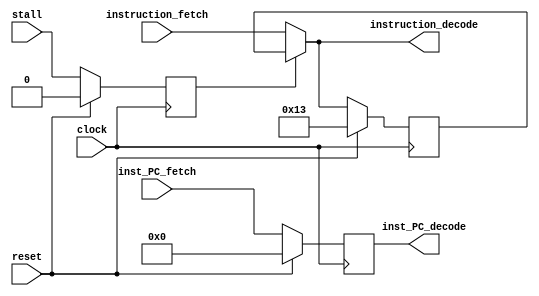
/** @module : fetch_pipe_unit
 *  @author : Adaptive & Secure Computing Systems (ASCS) Laboratory
 
 *  Copyright (c) 2018 BRISC-V (ASCS/ECE/BU)
 *  Permission is hereby granted, free of charge, to any person obtaining a copy
 *  of this software and associated documentation files (the "Software"), to deal
 *  in the Software without restriction, including without limitation the rights
 *  to use, copy, modify, merge, publish, distribute, sublicense, and/or sell
 *  copies of the Software, and to permit persons to whom the Software is
 *  furnished to do so, subject to the following conditions:
 *  The above copyright notice and this permission notice shall be included in
 *  all copies or substantial portions of the Software.

 *  THE SOFTWARE IS PROVIDED "AS IS", WITHOUT WARRANTY OF ANY KIND, EXPRESS OR
 *  IMPLIED, INCLUDING BUT NOT LIMITED TO THE WARRANTIES OF MERCHANTABILITY,
 *  FITNESS FOR A PARTICULAR PURPOSE AND NONINFRINGEMENT. IN NO EVENT SHALL THE
 *  AUTHORS OR COPYRIGHT HOLDERS BE LIABLE FOR ANY CLAIM, DAMAGES OR OTHER
 *  LIABILITY, WHETHER IN AN ACTION OF CONTRACT, TORT OR OTHERWISE, ARISING FROM,
 *  OUT OF OR IN CONNECTION WITH THE SOFTWARE OR THE USE OR OTHER DEALINGS IN
 *  THE SOFTWARE.
 */
//////////////////////////////////////////////////////////////////////////////////


module fetch_pipe_unit #(parameter  DATA_WIDTH = 32, ADDRESS_BITS = 20 ) (
    input clock, reset, stall,
    input  [DATA_WIDTH-1:0]   instruction_fetch,
    input  [ADDRESS_BITS-1:0] inst_PC_fetch,
    output [DATA_WIDTH-1:0]   instruction_decode,
    output [ADDRESS_BITS-1:0] inst_PC_decode
);

localparam NOP = 32'h00000013;

reg old_stall;
reg [DATA_WIDTH-1:0]   old_instruction_decode;
reg [ADDRESS_BITS-1:0] inst_PC_fetch_to_decode;

assign instruction_decode =  old_stall ? old_instruction_decode : instruction_fetch;
assign inst_PC_decode     =  inst_PC_fetch_to_decode;

always @(posedge clock) begin
    if(reset) begin
        inst_PC_fetch_to_decode     <= {ADDRESS_BITS{1'b0}};
        old_instruction_decode      <= NOP;
        old_stall                   <= 1'b0;
    end
    else begin
        inst_PC_fetch_to_decode     <= inst_PC_fetch;
        old_instruction_decode      <= instruction_decode;
        old_stall                   <= stall;
    end
end

endmodule